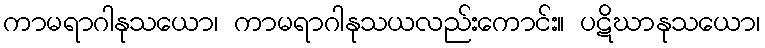
ကာမရာဂါနုသယော၊ ကာမရာဂါနုသယလည်းကောင်း။ ပဋိဃာနုသယော၊